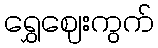
ရွှေဈေးကွက်